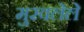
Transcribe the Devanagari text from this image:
मुरवलेले